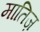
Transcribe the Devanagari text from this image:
मातिज़